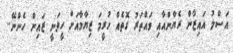
އަސްލު އައިޒާން ރެޔާންއާއި ވައްތަރު ގޮތެއް ހުރީމަ ޒިޔާމާއަށް ހީވަނީ ޒައިން ހެންނޭ..